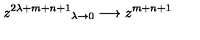
z ^ { 2 \lambda + m + n + 1 } { } _ { \lambda \rightarrow 0 } \longrightarrow z ^ { m + n + 1 }